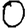
Digit: 0